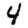
Digit: 4